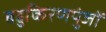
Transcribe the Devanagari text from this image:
बहुकिरणपुंजों